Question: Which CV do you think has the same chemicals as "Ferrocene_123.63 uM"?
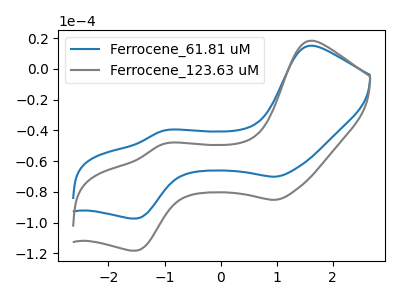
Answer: <think>The blue curve "Ferrocene_61.81 uM" has anodic peaks at (1.60V, 15.00uA) (-1.00V, -40.20uA) and cathodic peaks at (1.00V, -70.05uA) (-1.50V, -97.25uA). The gray curve "Ferrocene_123.63 uM" has anodic peaks at (1.60V, 18.20uA) (-1.00V, -48.80uA) and cathodic peaks at (1.00V, -85.10uA) (-1.50V, -118.15uA).
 All the peaks in "Ferrocene_61.81 uM" have a peak in "Ferrocene_123.63 uM" at the same potential.</think>
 <answer>The CV with the most similar shape to "Ferrocene_61.81 uM" is "Ferrocene_123.63 uM".</answer>
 <eval>"Ferrocene_123.63 uM"</eval>